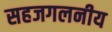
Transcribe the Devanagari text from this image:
सहजगलनीय